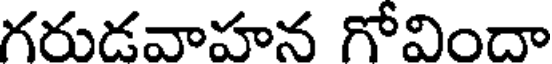
గరుడవాహన గోవిందా